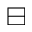
\boxminus